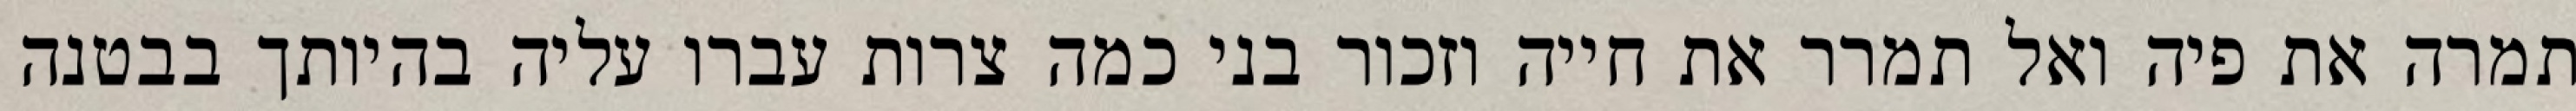
תמרה את פיה ואל תמרר את חייה וזכור בני כמה צרות עברו עליה בהיותך בבטנה